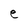
Character: e